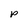
Character: P